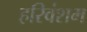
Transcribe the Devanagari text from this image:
हरिवंशम